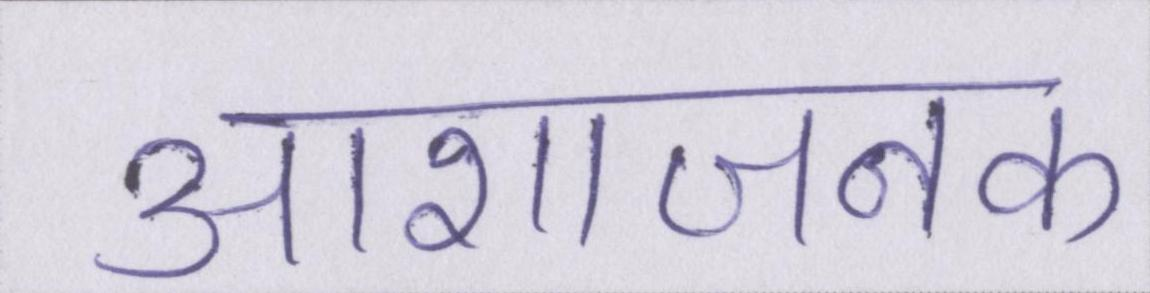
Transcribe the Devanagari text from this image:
आशाजनक